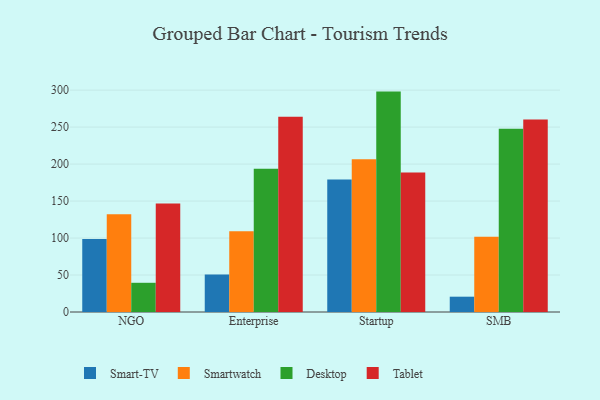
{"axis": {"x": "Segment", "y": "Budget (USD K)"}, "legend": ["Desktop", "Smart-TV", "Smartwatch", "Tablet"], "data": [{"x": "NGO", "y": 98.6, "type": "Smart-TV"}, {"x": "NGO", "y": 132.1, "type": "Smartwatch"}, {"x": "NGO", "y": 39.5, "type": "Desktop"}, {"x": "NGO", "y": 146.7, "type": "Tablet"}, {"x": "Enterprise", "y": 50.6, "type": "Smart-TV"}, {"x": "Enterprise", "y": 109.1, "type": "Smartwatch"}, {"x": "Enterprise", "y": 193.8, "type": "Desktop"}, {"x": "Enterprise", "y": 263.9, "type": "Tablet"}, {"x": "Startup", "y": 179.0, "type": "Smart-TV"}, {"x": "Startup", "y": 206.4, "type": "Smartwatch"}, {"x": "Startup", "y": 298.0, "type": "Desktop"}, {"x": "Startup", "y": 188.6, "type": "Tablet"}, {"x": "SMB", "y": 20.7, "type": "Smart-TV"}, {"x": "SMB", "y": 101.9, "type": "Smartwatch"}, {"x": "SMB", "y": 247.9, "type": "Desktop"}, {"x": "SMB", "y": 260.2, "type": "Tablet"}]}